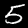
Label: 5